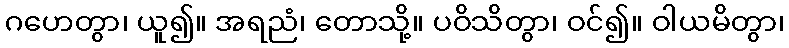
ဂဟေတွာ၊ ယူ၍။ အရညံ၊ တောသို့။ ပဝိသိတွာ၊ ဝင်၍။ ဝါယမိတွာ၊